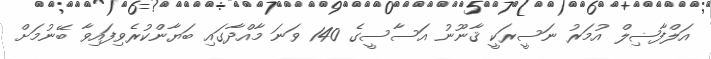
އަލްފާޟިލް އުމަރު ނަސީރަކީ ޤާނޫނު އަސާސީގެ 140 ވަނަ މާއްދާގައި ބަޔާންކުރެވިފައިވާ ބޭނުމަށް